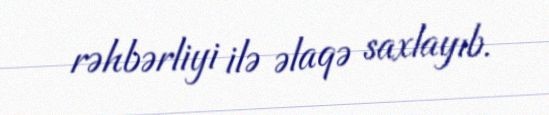
rəhbərliyi ilə əlaqə saxlayıb.